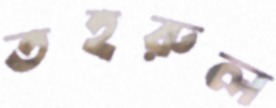
তহরুল